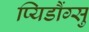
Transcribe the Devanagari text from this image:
प्यिडौंग्सु